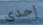
إحدي